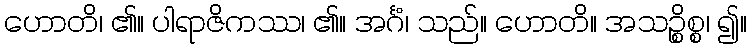
ဟောတိ၊ ၏။ ပါရာဇိကဿ၊ ၏။ အင်္ဂံ၊ သည်။ ဟောတိ။ အသဉ္စိစ္စ၊ ၍။